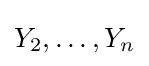
Y_{2},\dots ,Y_{n}